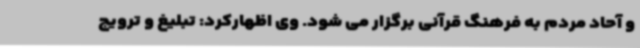
و آحاد مردم به فرهنگ قرآنی برگزار می شود. وی اظهارکرد: تبلیغ و ترویج